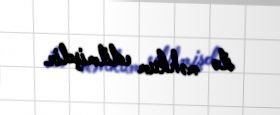
ilə məhkum edilmişdir.